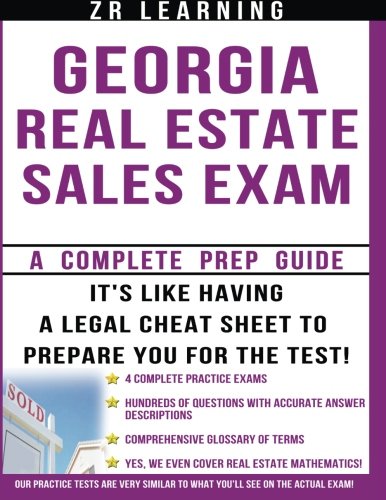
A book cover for Georgia Real Estate Sales Exam: 2014 Questions; ZR Learning; Business & Money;